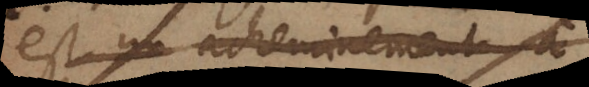
est un acheminement à